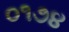
૦૧૭૪